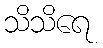
သိသိရေ